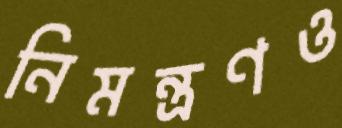
নিমন্ত্রণও